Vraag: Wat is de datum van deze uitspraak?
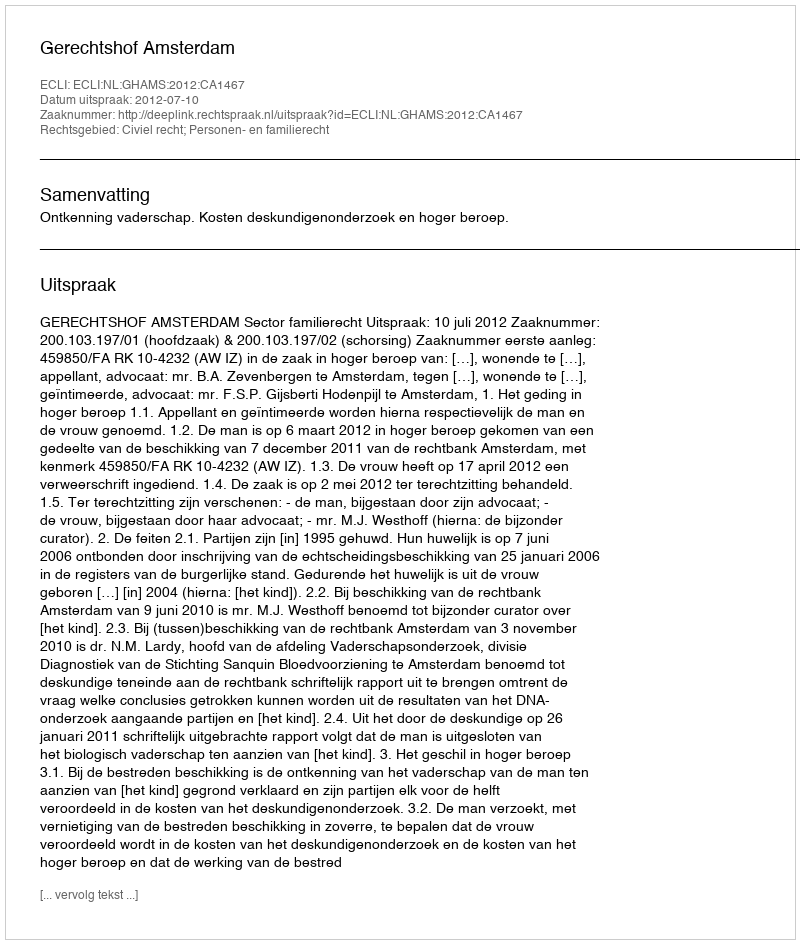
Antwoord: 2012-07-10